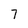
Character: 7